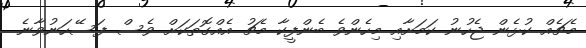
މެޗެއް ކުޅެން ޖެހުނު ކަމަށާއި މިހެންވެ ބެންފީކާ މެޗު އެއްގޮތަކަށް ވެސް ފަސޭހަނުވާނެ